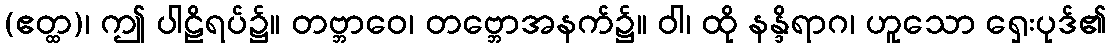
(ဧတ္ထ)၊ ဤ ပါဠိရပ်၌။ တဗ္ဘာဝေ၊ တဗ္ဘောအနက်၌။ ဝါ၊ ထို နန္ဒိရာဂ၊ ဟူသော ရှေးပုဒ်၏